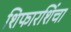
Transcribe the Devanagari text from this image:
शिफारशिंचा